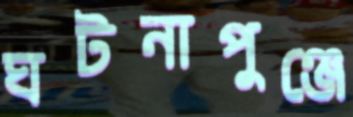
ঘটনাপুঞ্জে